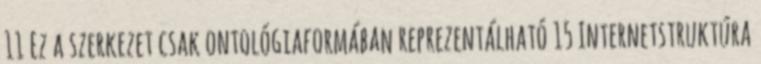
11 Ez a szerkezet csak ontológiaformában reprezentálható 15 Internetstruktúra